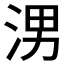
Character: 𪶀